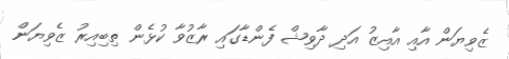
ޒެވިޔަން އާއި އާއިޒު އަދި ދާވިޝް ފެންޑާގައި ރާޒުވާ ކުޅެން ތިބިއިރު ޒެވިޔަން